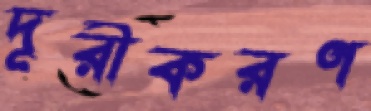
দূরীকরণ